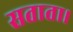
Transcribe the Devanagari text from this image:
सताता।